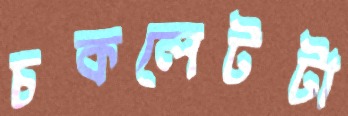
চকলেটটা